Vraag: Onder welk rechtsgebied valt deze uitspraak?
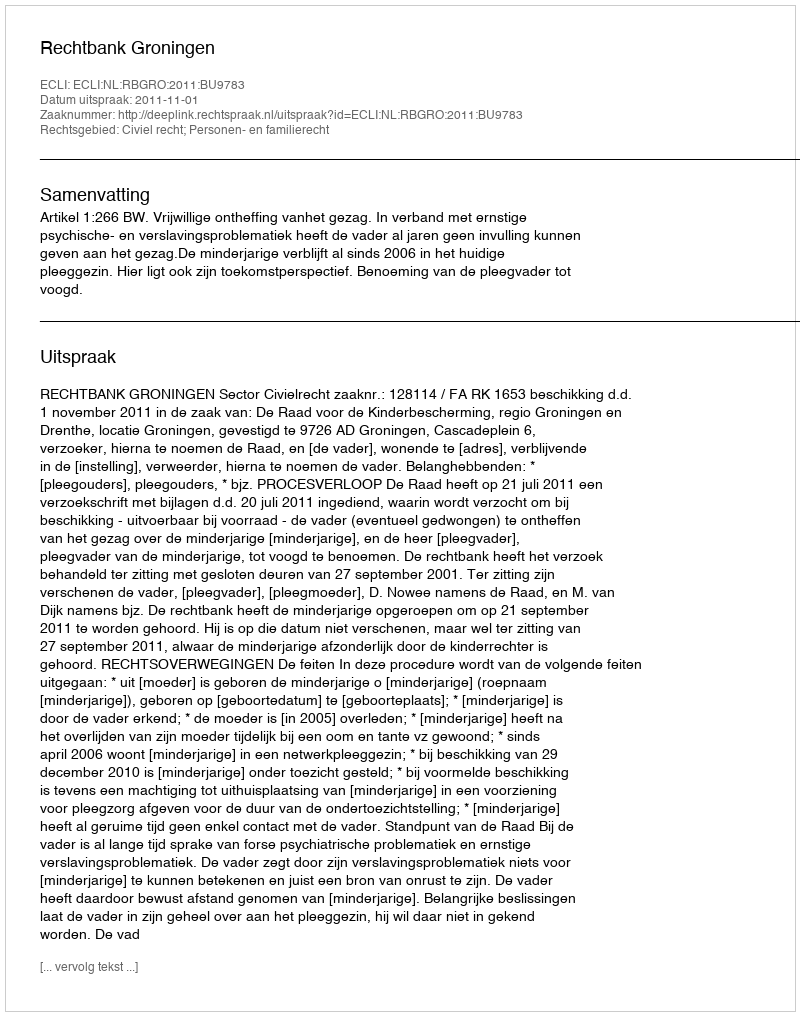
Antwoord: Civiel recht; Personen- en familierecht